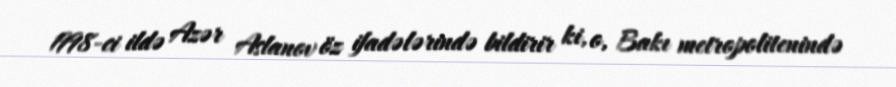
1998-ci ildə Azər Aslanov öz ifadələrində bildirir ki, o, Bakı metropolitenində